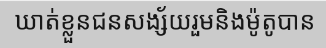
ឃាត់ខ្លួនជនសង្ស័យរួមនិងម៉ូតូបាន